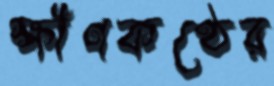
ক্ষীণকণ্ঠের